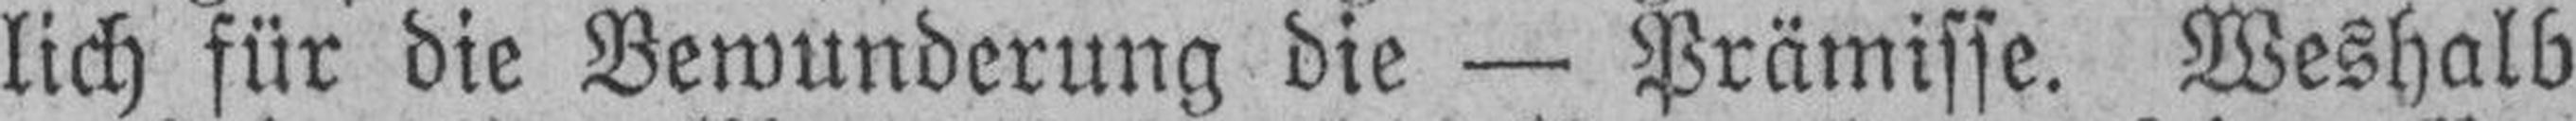
lich für die Bewunderung die — Prämisse. Weshalb